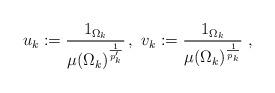
LaTeX: \begin{align*}u_{k}:=\frac{1_{\Omega_{k}}}{\mu(\Omega_k)^{\frac{1}{p_k'}}}\, ,\,\,v_{k}:=\frac{1_{\Omega_{k}}}{\mu(\Omega_k)^{\frac{1}{p_k}}}\,\,, \end{align*}